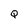
Character: Q